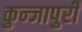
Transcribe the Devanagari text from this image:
कुन्जापुरी